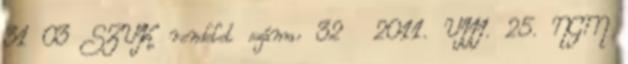
31 03 SZVK rendelet száma: 32 2011. VIII. 25. NGM